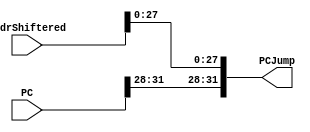
`timescale 1ns / 1ps
//////////////////////////////////////////////////////////////////////////////////
// Company: 
// Engineer: 
// 
// Design Name: 
// Module Name:    Union 
// Project Name: 
// Target Devices: 
// Tool versions: 
// Description: 
//
// Dependencies: 
//
// Revision: 
// Revision 0.01 - File Created
// Additional Comments: 
//
//////////////////////////////////////////////////////////////////////////////////
/**
 *  J-Type  PC <- {(PC + 4)[31:28], address<<2}
 */
module Union(
	input [31:0] PC,
	input [31:0] AddrShiftered,
	output [31:0] PCJump
    );
	 
assign PCJump = {PC[31:28], AddrShiftered[27:0]};

endmodule